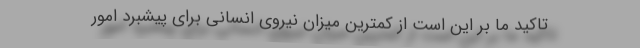
تاکید ما بر این است از کمترین میزان نیروی انسانی برای پیشبرد امور